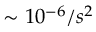
\sim 1 0 ^ { - 6 } / s ^ { 2 }